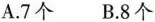
45°>A.7个B.8个